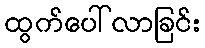
ထွက်ပေါ်လာခြင်း